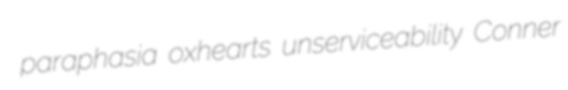
paraphasia oxhearts unserviceability Conner